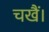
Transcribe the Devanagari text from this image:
चखैं।